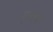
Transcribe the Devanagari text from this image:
द्घोष